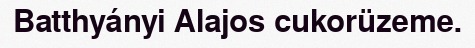
Batthyányi Alajos cukorüzeme.